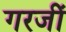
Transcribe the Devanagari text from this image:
गरजीं